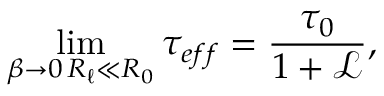
\operatorname* { l i m } _ { \substack { \beta \to 0 \, R _ { \ell } \ll R _ { 0 } } } \tau _ { e f f } = \frac { \tau _ { 0 } } { 1 + \mathscr { L } } ,